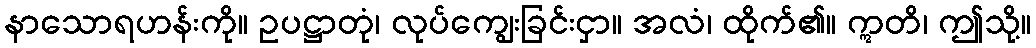
နာသောရဟန်းကို။ ဥပဋ္ဌာတုံ၊ လုပ်ကျွေးခြင်းငှာ။ အလံ၊ ထိုက်၏။ ဣတိ၊ ဤသို့။